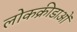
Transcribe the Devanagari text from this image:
लोकक्रीडाओं